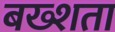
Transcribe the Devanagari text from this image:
बख्शता